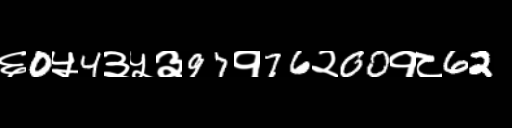
Text: ६0५4३५३97१76२00१८62